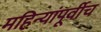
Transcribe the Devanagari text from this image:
महिन्यांपूर्वीच